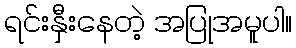
ရင်းနှီးနေတဲ့ အပြုအမူပါ။